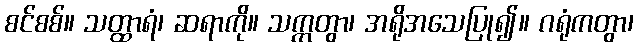
စင်စစ်။ သတ္ထာရံ၊ ဆရာကို။ သက္ကတွာ၊ အရိုအသေပြု၍။ ဂရုံကတွာ၊